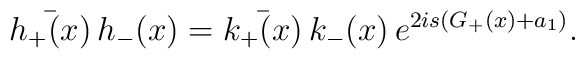
\bar{h_+(x)}\,h_-(x)=\bar{k_+(x)}\,k_-(x)\,e^{2is(G_+(x)+a_1)}.